画像に写った文字を読んでください
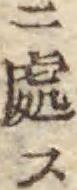
「ニ處ス」と書いてあります